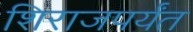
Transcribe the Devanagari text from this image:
शिराजपर्यंत